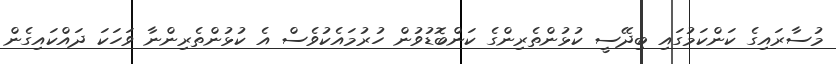
މުސާރައިގެ ކަންކަމުގައި ބިދޭސީ ކުޅުންތެރިންގެ ކަންބޮޑުވުން ހުރުމައެކުވެސް އެ ކުޅުންތެރިންނާ ވަހަކަ ދައްކައިގެން